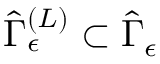
\hat { \Gamma } _ { \epsilon } ^ { \left( L \right) } \subset \hat { \Gamma } _ { \epsilon }